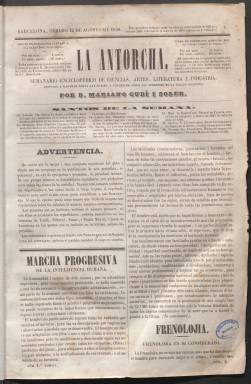
Título: La Antorcha (Barcelona)
Colección: Revistas femeninas
Ámbito geográfico: Barcelona
Fechas: 12/08/1848-02/02/1850